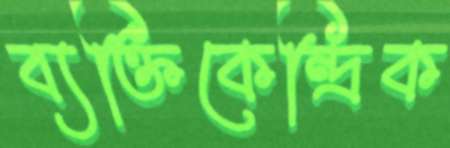
ব্যক্তিকেন্দ্রিক